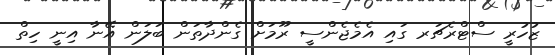
ޒުހުރީ ސްޓްރެޗަރ ގައި އެމެޖެންސީ ރޫމަށް ގެންދާތަން ބަލަން އޭނާ އިނީ ހިތް